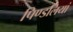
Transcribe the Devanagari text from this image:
पिण्डलियां